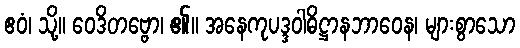
ဧဝံ၊ သို့။ ဝေဒိတဗ္ဗော၊ ၏။ အနေကုပဒ္ဒဝါဓိဋ္ဌာနဘာဝေန၊ များစွာသော